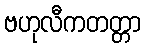
ဗဟုလီကတတ္တာ